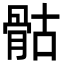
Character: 骷